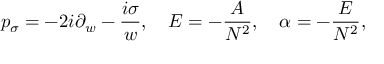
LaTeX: p _ { \sigma } = - 2 i \partial _ { w } - \frac { i \sigma } { w } , \quad { \cal E } = - \frac { A } { N ^ { 2 } } , \quad \alpha = - \frac { E } { N ^ { 2 } } ,